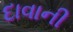
દાવાની